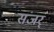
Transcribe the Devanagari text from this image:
संजर्